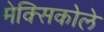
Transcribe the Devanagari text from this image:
मेक्सिकोले